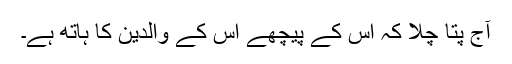
آج پتا چلا کہ اس کے پیچھے اس کے والدین کا ہاتھ ہے۔